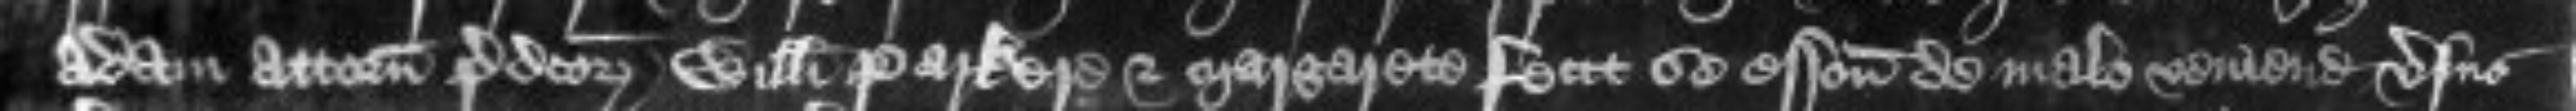
Adam attornatus predictorum Willelmi Parkere et Margarete fecit se essoniari de malo veniendo versus